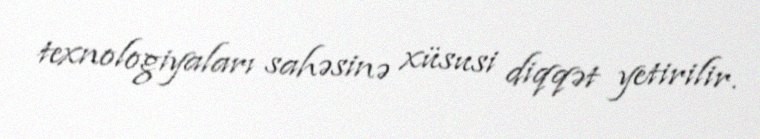
texnologiyaları sahəsinə xüsusi diqqət yetirilir.